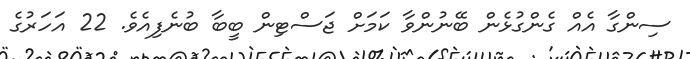
ސިންގާ އެއް ގެންގުޅެން ބޭނުންވާ ކަމަށް ޖަސްޓިން ބީބާ ބުނެފިއެވެ. 22 އަހަރުގެ